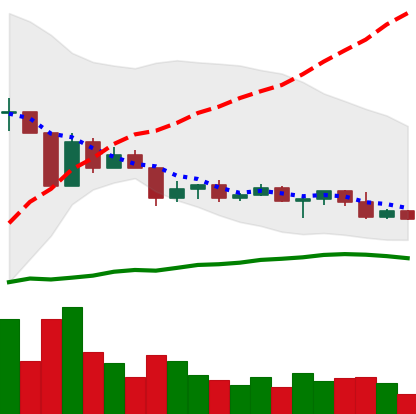
Ticker: ETC-USD
Chart end date: 2022-04-23
Forward return: -9.947%
Label: down_7plus